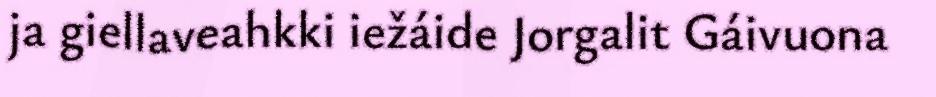
ja giellaveahkki iežáide Jorgalit Gáivuona